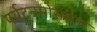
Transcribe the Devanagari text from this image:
पर्यटनमोसमात